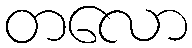
တလော